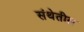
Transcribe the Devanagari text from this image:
संथेतील